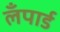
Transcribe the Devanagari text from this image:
लँपार्ड